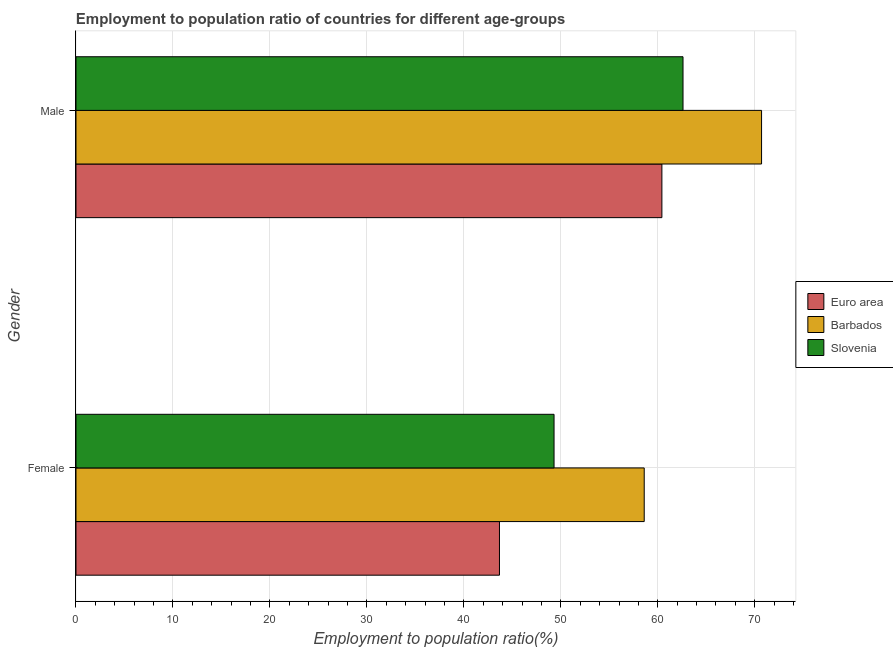
| Gender | Euro area | Barbados | Slovenia |
 | --- | --- | --- | --- |
 | Female | 43.7 | 58.6 | 49.3 |
 | Male | 60.4 | 70.7 | 62.6 |